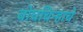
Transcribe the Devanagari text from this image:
बोधचिन्हाचे